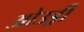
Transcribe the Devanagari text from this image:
ओउड्री